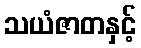
သယံဇာတနှင့်